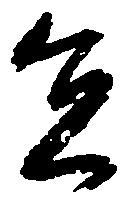
員